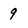
Character: 9